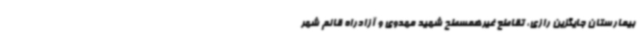
بیمارستان جایگزین رازی، تقاطع غیرهمسطح شهید مهدوی و آزادراه قائم شهر